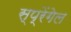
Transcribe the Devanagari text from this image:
स्प्रेंगेल